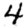
Digit: 4